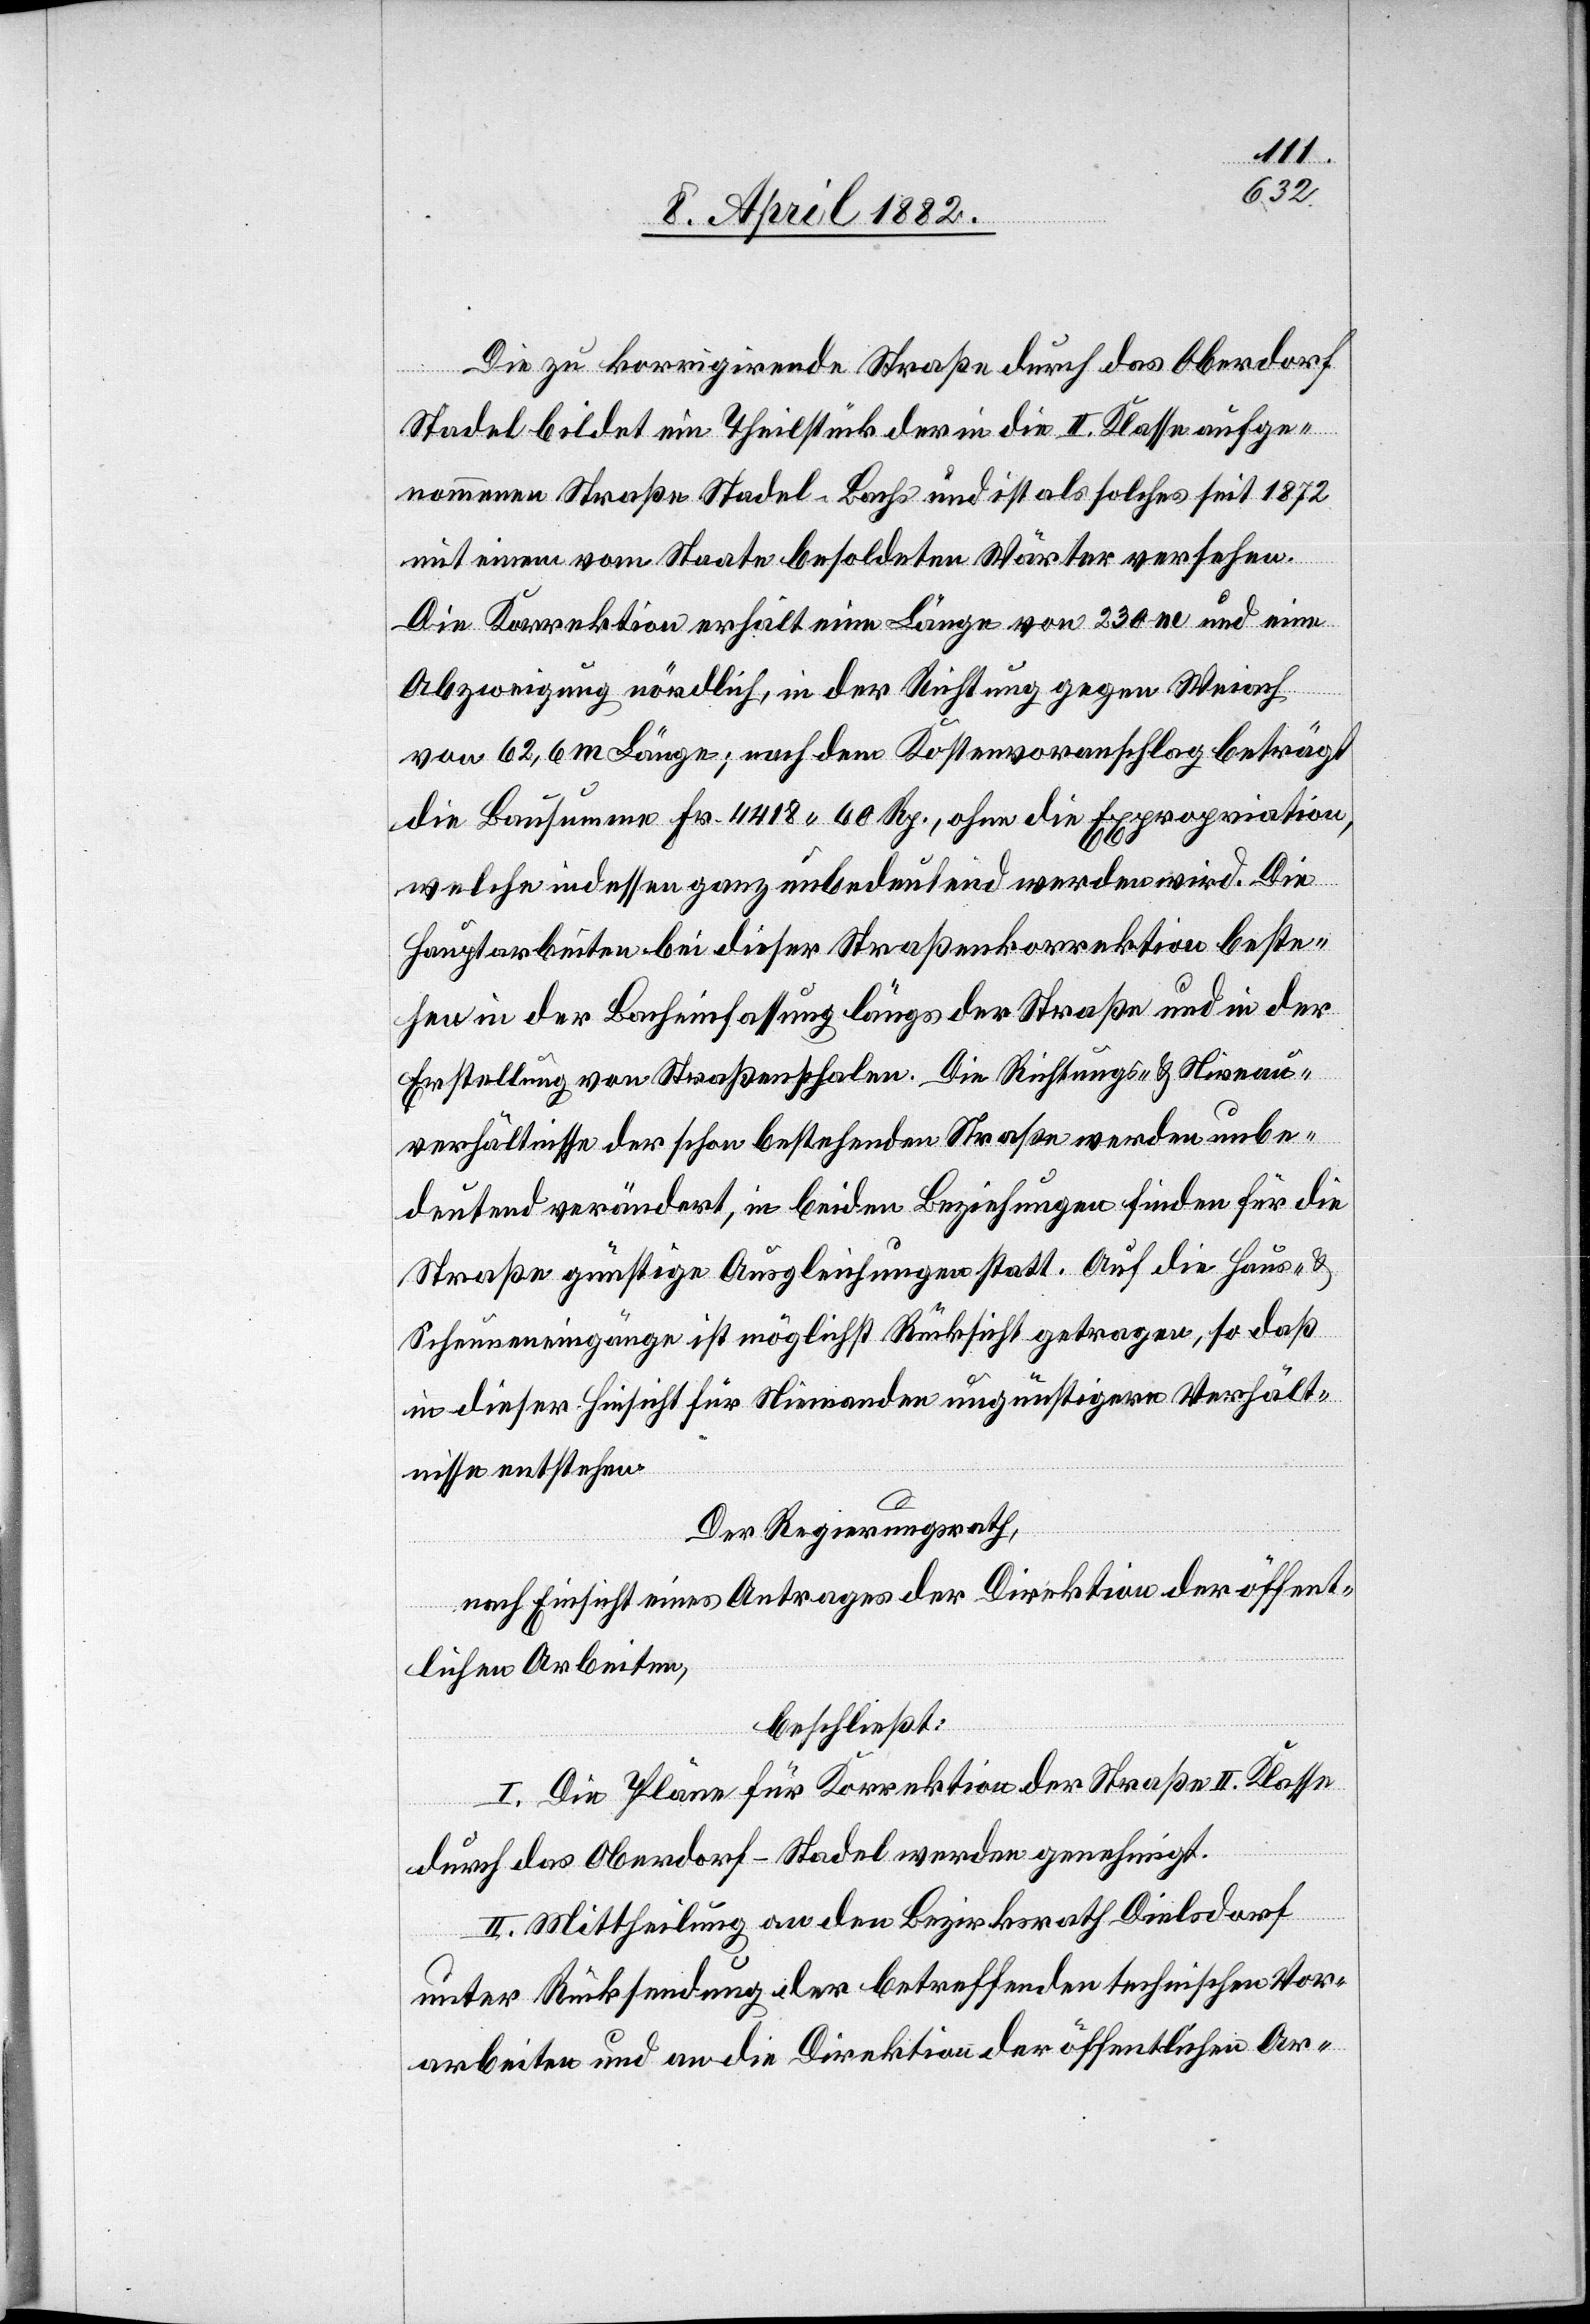
Die zu korrigirende Straße durch das Oberdorf
Stadel bildet ein Theilstück der in die II. Klasse aufge¬
nommenen Straße Stadel–Bachs und ist als solches seit 1872
mit einem vom Staate besoldeten Wärter versehen.
Die Korrektion erhält eine Länge von 230 m und eine
Abzweigung nördlich, in der Richtung gegen Weiach
von 62,6 m Länge; nach dem Kostenvoranschlag beträgt
die Bausumme Fr. 4418 60 Rp., ohne die Expropriation,
welche indessen ganz unbedeutend werden wird. Die
Hauptarbeiten bei dieser Straßenkorrektion beste¬
hen in der Bacheinfassung längs der Straße und in der
Erstellung von Straßenschalen. Die Richtungs- & Niveau¬
verhältnisse der schon bestehenden Straße werden unbe¬
deutend verändert, in beiden Beziehungen finden für die
Straße günstige Ausgleichungen statt. Auf die Haus- &
Scheuneneingänge ist möglichst Rücksicht getragen, so daß
in dieser Hinsicht für Niemanden ungünstigere Verhält¬
nisse entstehen.
Der Regierungsrath,
nach Einsicht eines Antrages der Direktion der öffent¬
lichen Arbeiten,
beschließt:
I. Die Pläne für Korrektion der Straße II. Klasse
durch das Oberdorf - Stadel werden genehmigt.
II. Mittheilung an den Bezirksrath Dielsdorf
unter Rücksendung der betreffenden technischen Vor¬
arbeiten und an die Direktion der öffentlichen Ar-